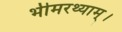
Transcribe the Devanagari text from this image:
भीमरथ्याम्।